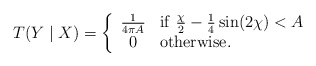
\begin{align*}T(Y\mid X)=\left\{\begin{array}{cl}\frac{1}{4\pi A} & {\rm if}~\frac{\chi}{2}-\frac{1}{4}\sin(2\chi)<A \\0 & {\rm otherwise.}\end{array}\right.\end{align*}